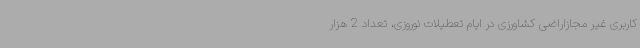
کاربری غیر مجازاراضی کشاورزی در ایام تعطیلات نوروزی، تعداد 2 هزار